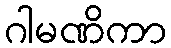
ဂါမဏိကာ